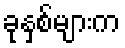
ခုနှစ်များက